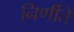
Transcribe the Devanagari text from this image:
निर्णीते